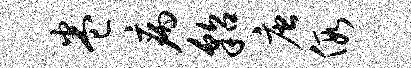
卷病貂唐假